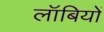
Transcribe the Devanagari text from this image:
लॉबियों